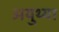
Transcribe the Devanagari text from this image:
अयुथ्या